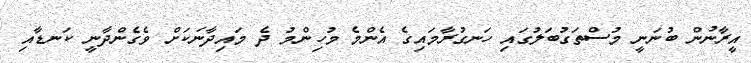
އީރާނުން ބުނަނީ މުސްތަގުބަލުގައި ހަނގުރާމައިގެ އެންމެ މުހިންމު ދެ މައިދާނަކަށް ވެގެންދާނީ ކަނޑާއި